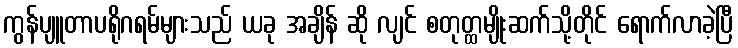
ကွန်ပျူတာပရိုဂရမ်များသည် ယခု အချိန် ဆို လျင် စတုတ္ထမျိုးဆက်သို့တိုင် ရောက်လာခဲ့ပြီ